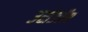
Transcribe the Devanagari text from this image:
उसेडॉम